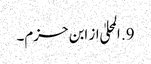
9. المحلیٰ از ابن حزم۔